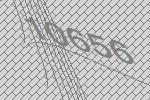
10656